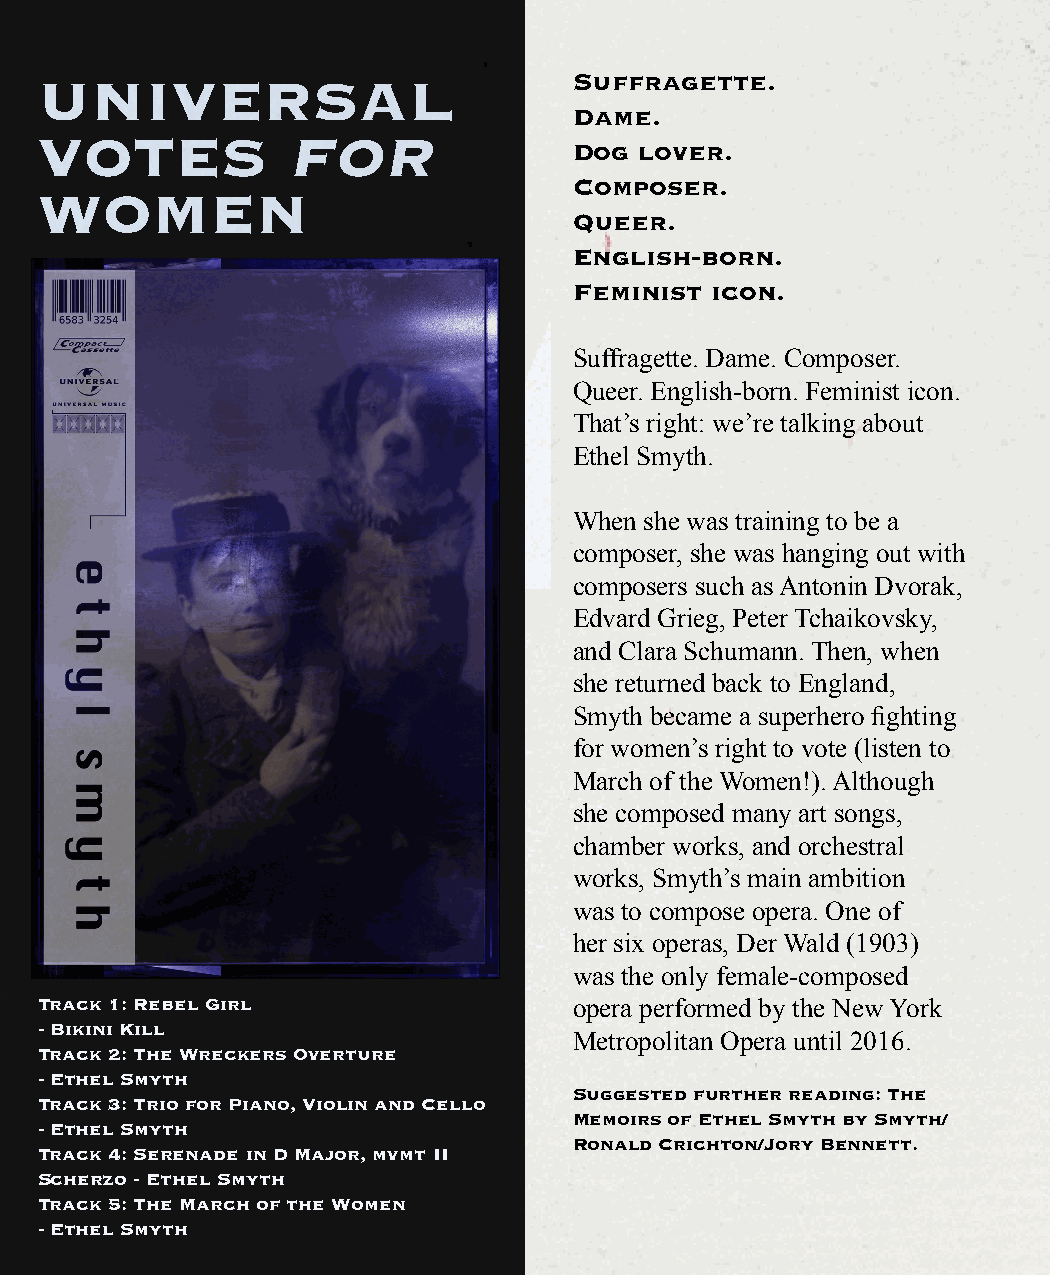
UNIVERSAL                           Suffragette.
 Dame.
 VOTES            FOR
 Dog lover.
 Composer.
 WOMEN
 Queer.
 English-born.
 Feminist icon.
 Suffragette. Dame. Composer.
 Queer. English-born. Feminist icon.
 That’s right: we’re talking about
 Ethel Smyth.
 When she was training to be a
 composer, she was hanging out with
 composers such as Antonin Dvorak,
 Edvard Grieg, Peter Tchaikovsky,
 and Clara Schumann. Then, when
 she returned back to England,
 Smyth became a superhero fighting
 for women’s right to vote (listen to
 March of the Women!). Although
 she composed many art songs,
 chamber works, and orchestral
 works, Smyth’s main ambition
 was to compose opera. One of
 her six operas, Der Wald (1903)
 was the only female-composed
 Track 1: Rebel Girl                 opera performed by the New York
 - Bikini Kill
 Metropolitan Opera until 2016.
 Track 2: The Wreckers Overture
 - Ethel Smyth
 Suggested further reading: The
 Track 3: Trio for Piano, Violin and Cello
 Memoirs of Ethel Smyth by Smyth/
 - Ethel Smyth
 Ronald Crichton/Jory Bennett.
 Track 4: Serenade in D Major, mvmt II
 Scherzo - Ethel Smyth
 Track 5: The March of the Women
 - Ethel Smyth